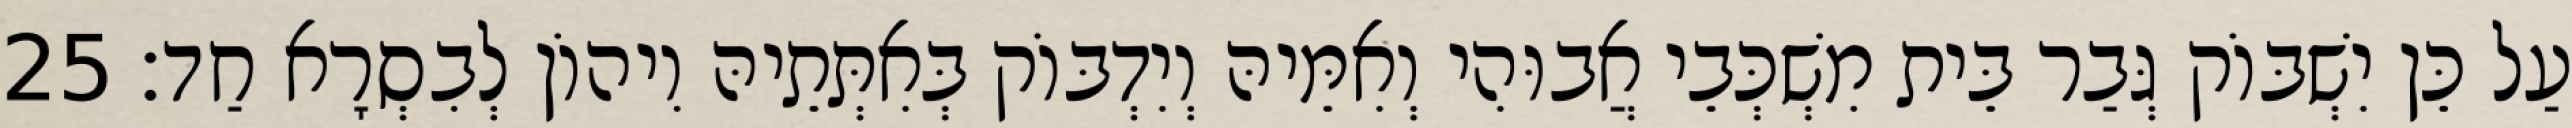
עַל כֵּן יִשְׁבּוֹק גְּבַר בֵּית מִשְׁכְּבֵי אֲבוּהִי וְאִמֵּיהּ וְיִדְבּוֹק בְּאִתְּתֵיהּ וִיהוֹן לְבִסְרָא חַד׃ 25